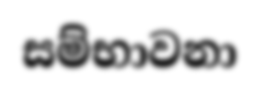
සම්භාවනා